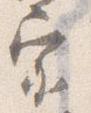
家